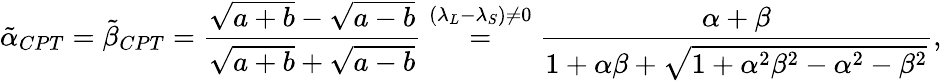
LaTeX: \tilde{\alpha}_{CPT}=\tilde{\beta}_{CPT}=\frac{\sqrt{a+b}-\sqrt{a-b}}{\sqrt{a+b}+\sqrt{a-b}}\overset{(\lambda_{L}-\lambda_{S})\not=0}{=}\frac{\alpha+\beta}{1+\alpha\beta+\sqrt{1+\alpha^{2}\beta^{2}-\alpha^{2}-\beta^{2}}},